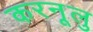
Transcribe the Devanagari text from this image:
करनूलु